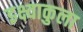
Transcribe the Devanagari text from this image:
इक्ष्वाकुला